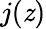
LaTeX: j(\mathit{z})